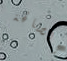
الصالحة